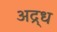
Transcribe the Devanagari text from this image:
अद्र्ध